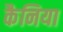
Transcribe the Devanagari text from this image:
कैनिया